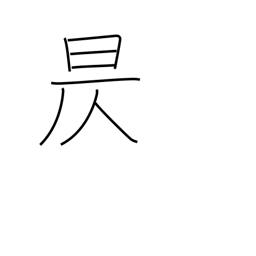
Meaning: go down